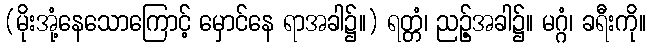
(မိုးအုံ့နေသောကြောင့် မှောင်နေ ရာအခါ၌။) ရတ္တံ၊ ညဉ့်အခါ၌။ မဂ္ဂံ၊ ခရီးကို။